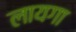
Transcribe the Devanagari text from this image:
लायगा